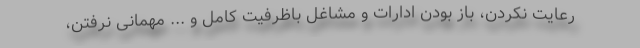
رعایت نکردن، باز بودن ادارات و مشاغل باظرفیت کامل و ... مهمانی نرفتن،